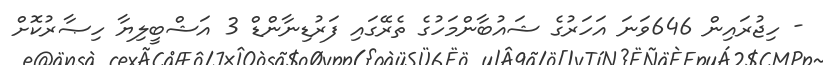
- ހިޖުރައިން 646ވަނަ އަހަރުގެ ޝައުބާންމަހުގެ ތެރޭގައި ފަރުޑިނާންޑް 3 އަޝްބީލިޔާ ހިޞާރުކޮށް